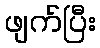
ဖျက်ပြီး